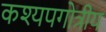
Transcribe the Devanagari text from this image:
कश्यपगोत्रीय